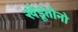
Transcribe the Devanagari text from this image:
खेडूतोनो